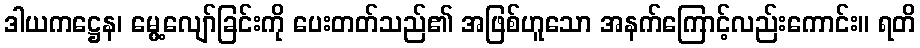
ဒါယကဋ္ဌေန၊ မွေ့လျော်ခြင်းကို ပေးတတ်သည်၏ အဖြစ်ဟူသော အနက်ကြောင့်လည်းကောင်း။ ရတိ